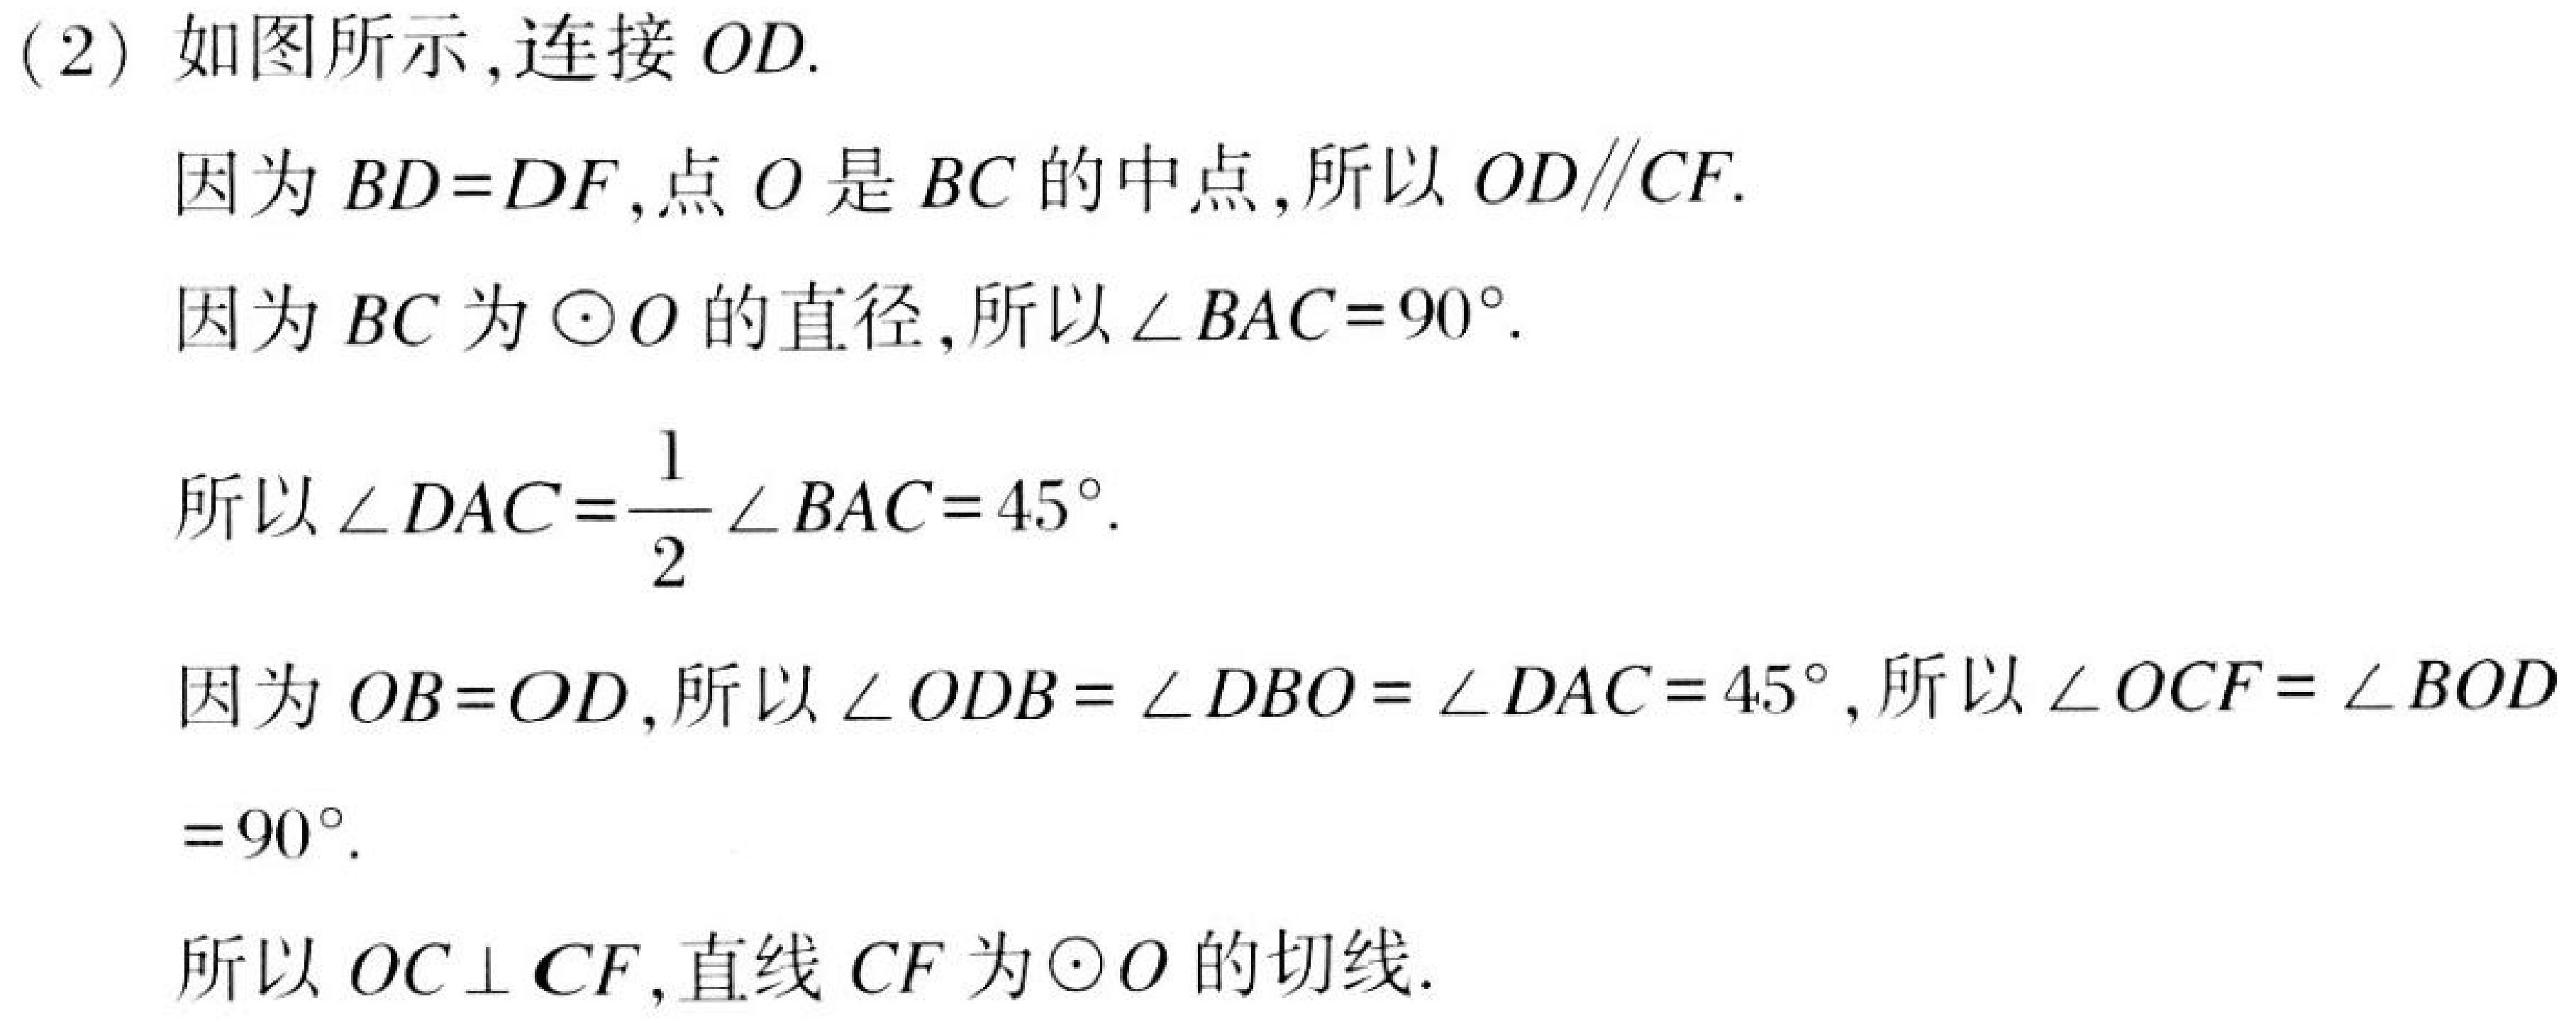
(2) 如图所示,连接 \(OD\).
因为 \(BD = DF\),点 \(O\) 是 \(BC\) 的中点,所以 \(OD\parallel CF\).
因为 \(BC\) 为 \(\odot O\) 的直径,所以 \(\angle BAC = 90^{\circ}\).
所以 \(\angle DAC=\frac{1}{2}\angle BAC = 45^{\circ}\).
因为 \(OB = OD\),所以 \(\angle ODB=\angle DBO=\angle DAC = 45^{\circ}\),所以 \(\angle OCF=\angle BOD = 90^{\circ}\).
所以 \(OC\perp CF\),直线 \(CF\) 为 \(\odot O\) 的切线.